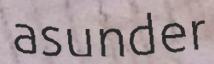
asunder